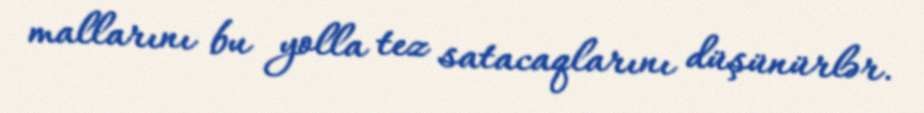
mallarını bu yolla tez satacaqlarını düşünürlər.